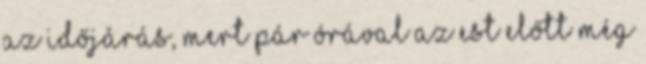
az időjárás, mert pár órával az est előtt még